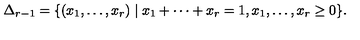
\Delta _ { r - 1 } = \{ ( x _ { 1 } , \dots , x _ { r } ) \mid x _ { 1 } + \cdots + x _ { r } = 1 , x _ { 1 } , \dots , x _ { r } \geq 0 \} .